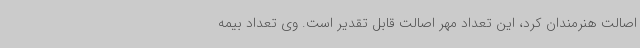
اصالت هنرمندان کرد، این تعداد مهر اصالت قابل تقدیر است. وی تعداد بیمه